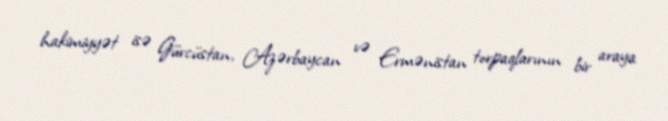
hakimiyyət isə Gürcüstan, Azərbaycan və Ermənistan torpaqlarının bir araya